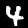
Digit: 4